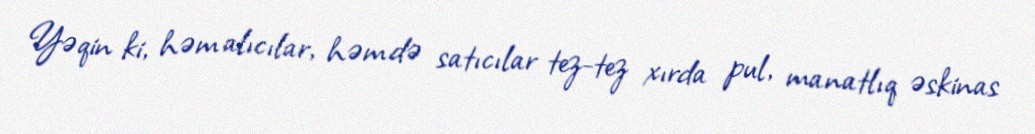
Yəqin ki, həm alıcılar, həm də satıcılar tez-tez xırda pul, manatlıq əskinas